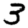
Digit: 3